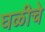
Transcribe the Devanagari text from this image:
घळीचे